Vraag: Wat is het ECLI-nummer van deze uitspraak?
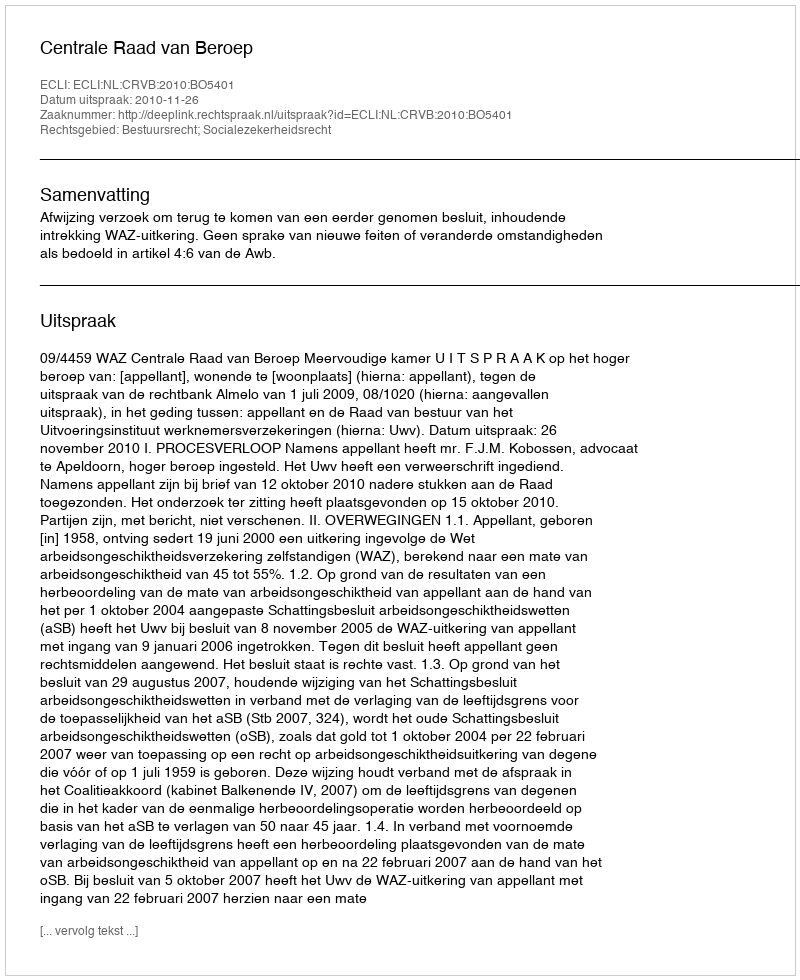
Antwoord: ECLI:NL:CRVB:2010:BO5401